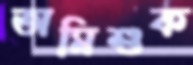
অমিশুক